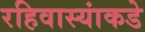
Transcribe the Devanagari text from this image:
रहिवास्यांकडे